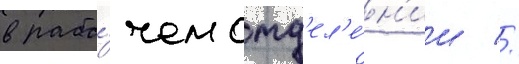
в рабо́чем отд'ел'е́н'ии //